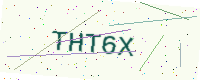
Text: THT6X